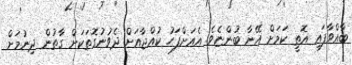
ބާއްވާފައި އޮތީ ކަމަށް އޭނާ ބުންޏެވެ. އެއަށްފަހު ކުއްޖާއަށް ދެވުނުގޮތަކަށް ގާތުން ދިނުމަށް